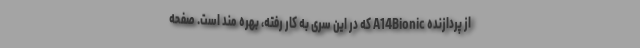
از پردازنده A14Bionic که در این سری به کار رفته، بهره مند است. صفحه